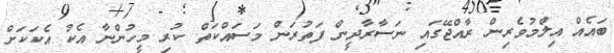
ބައެއް އިލްމުވެރިން ރާއްޖޭގައި ނަސާރާދީން ފަތުރަން މަސައްކަތް ކުރި މީހުންނާ އެކު އެކަކަށް